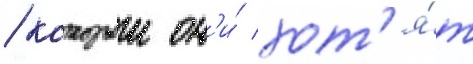
/ которыи он'и́ хот'я́т